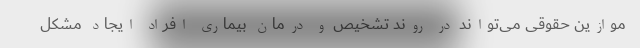
موازین حقوقی می‌تواند در روند تشخیص و درمان بیماری افراد ایجاد مشکل